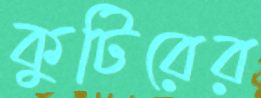
কুটিরের